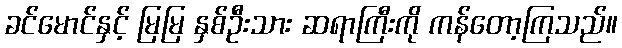
ခင်မောင်နှင့် မြမြ နှစ်ဦးသား ဆရာကြီးကို ကန်တော့ကြသည်။